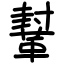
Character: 鞤